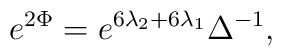
e^{2\Phi}= e^{6\lambda_{2}+6\lambda_{1}}\Delta^{-1},